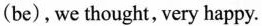
(be),we thought, very happy.